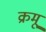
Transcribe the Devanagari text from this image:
क्रमू